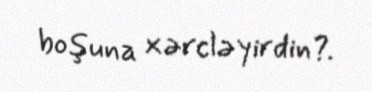
boşuna xərcləyirdin?.